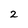
Character: 2